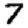
Digit: 7